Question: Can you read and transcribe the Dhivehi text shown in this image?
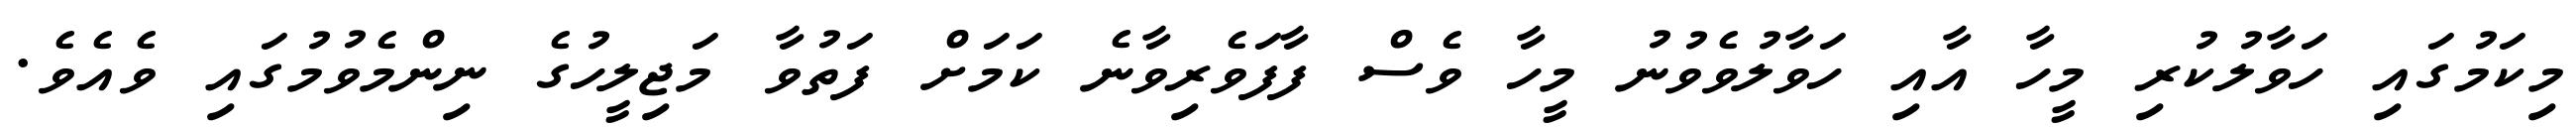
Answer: މިކަމުގައި ހަވާލުކުރި މީހާ އާއި ހަވާލުވެވުނު މީހާ ވެސް ފާފަވެރިވާނެ ކަމަށް ފަތުވާ މަޖިލީހުގެ ނިންމެވުމުގައި ވެއެވެ.